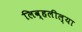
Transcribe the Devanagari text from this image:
लिव्हलील्या